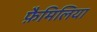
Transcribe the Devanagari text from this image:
फ़ैमिलिया